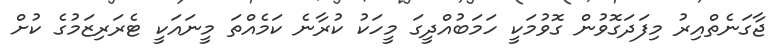
ޖާގަނެތްއިރު މިފަދަގޮވުން ގޮވުމަކީ ހަމަބުއްދީގަ މީހަކު ކުރާނެ ކަމެއްތަ މީނައަކީ ޓެރަރިޒަމުގެ ކުށް